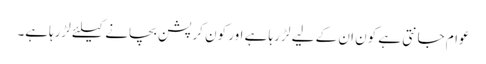
عوام جانتی ہے کون ان کے لیے لڑ رہا ہے اور کون کرپشن بچانے کیلئے لڑرہاہے۔